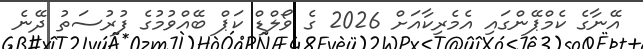
އޭނާގެ ކެމްޕޭންގައި އެމެރިކާއަށް 2026 ގެ ވޯލްޑް ކަޕް ބޭއްވުމުގެ ފުރުސަތު ދޭނެ